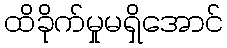
ထိခိုက်မှုမရှိအောင်